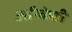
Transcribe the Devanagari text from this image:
अरिकेश्री